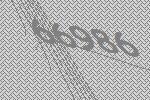
66986